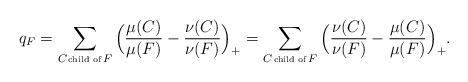
LaTeX: \begin{align*}q_F=\sum_{C \!\hbox{\tiny{ child of }}\! F}\Big(\frac{\mu(C)}{\mu(F)}-\frac{\nu(C)}{\nu(F)} \Big)_+=\sum_{C \!\hbox{\tiny{ child of }}\! F}\Big(\frac{\nu(C)}{\nu(F)}-\frac{\mu(C)}{\mu(F)} \Big)_+.\end{align*}